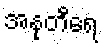
အနုတီရေ